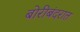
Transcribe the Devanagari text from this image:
बोरीबंदरात